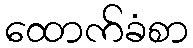
ထောက်ခံစာ